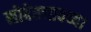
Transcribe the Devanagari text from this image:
सोबेस्लावच्या